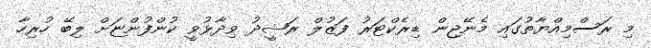
މި ރަސްމިއްޔާތުގައި މެނޭޖިން ޑިރެކްޓަރު ފަޒުލް ރަޝީދު ވިދާޅުވީ ކުންފުންޏަށް ލިބޭ ހުރިހާ